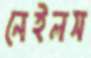
নেইলস